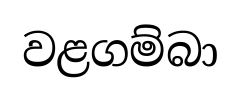
වළගම්බා